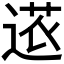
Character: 𮞠